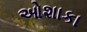
ઓશાકા